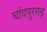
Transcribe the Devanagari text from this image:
चांदपुरगढ़